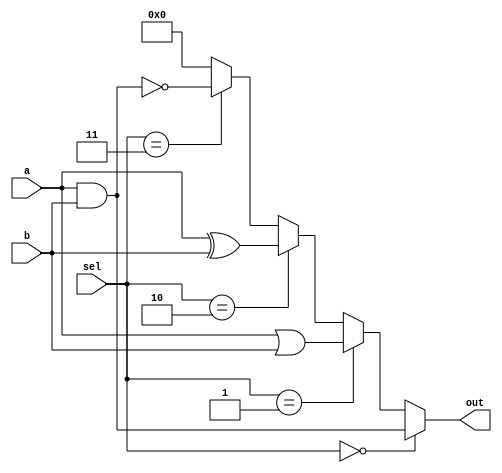
module CombinationalLogicOverlap (
    input  wire [3:0] a,       // Shared input
    input  wire [3:0] b,       // Shared input
    input  wire [1:0] sel,     // Control signals for multiplexer
    output wire [3:0] out      // Output of the combinational logic
);

// Intermediate signals for logic functions
wire [3:0] func1, func2, func3, func4;

// Logic Function 1: a AND b
assign func1 = a & b;

// Logic Function 2: a OR b
assign func2 = a | b;

// Logic Function 3: a XOR b
assign func3 = a ^ b;

// Logic Function 4: ~(a AND b)
assign func4 = ~(a & b);

// Multiplexer to select which function output to use
assign out = (sel == 2'b00) ? func1 :
             (sel == 2'b01) ? func2 :
             (sel == 2'b10) ? func3 :
             (sel == 2'b11) ? func4 : 4'b0000;

endmodule